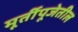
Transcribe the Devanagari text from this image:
मूर्तीपूजेतील